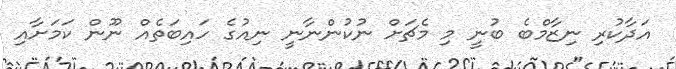
އަދާކުރި ނިޒާމްބެ ބުނީ މި މެޗަށް ނުކުންނާނީ ނިއުގެ ހައިބަތެއް ނޫން ކަމަށާއި